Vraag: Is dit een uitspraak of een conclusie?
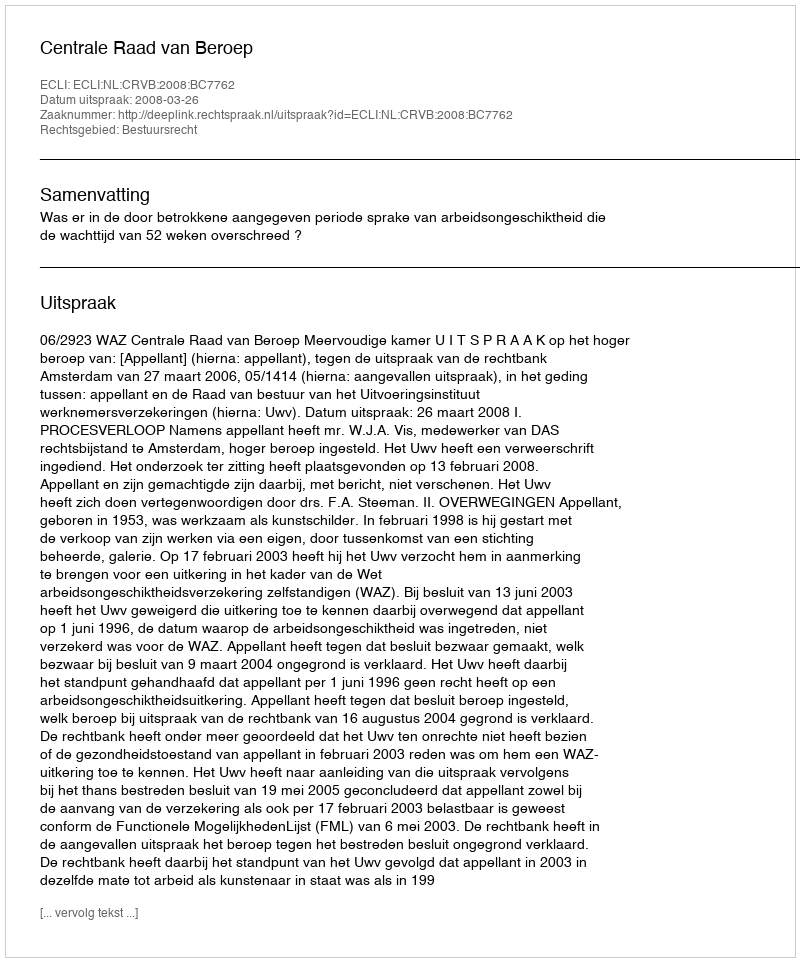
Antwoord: Uitspraak